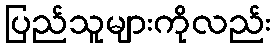
ပြည်သူများကိုလည်း